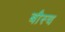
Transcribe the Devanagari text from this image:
बौस्च